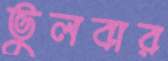
ভুলবার